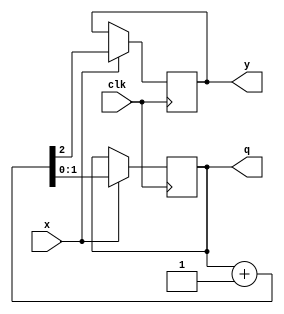
`timescale 1ns / 1ps
module Counter(x,clk,q,y);
input x,clk;
output reg [1:0] q;
output reg y;

initial begin
q=2'b00;
y=1'b0;
end

always @ (negedge clk)
if (x==1) {y,q} <= q+1'b1;

endmodule

module Counter_tb();
reg clk;
reg x;
wire [1:0] q;
wire y;
Counter U(.clk(clk),.x(x),.q(q),.y(y));
initial begin
clk = 1;
x = 0;
#10;
end
always #5 clk=~clk;
always #5 x=~x;
endmodule